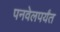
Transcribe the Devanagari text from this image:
पनवेलपर्यंत